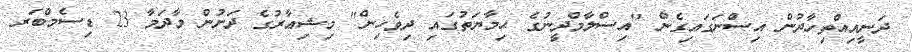
ދަނީއިއްތިހާދުން އިސްނަގައިގެން "އިސްލާމްދީނުގެ ޙިމާޔަތުގައި ދިވެހިން" މިޝިޢާރުގެ ދަށުން މާދަމާ 23 ޑިސެމްބަރ